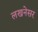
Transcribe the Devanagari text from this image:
लखनेसर